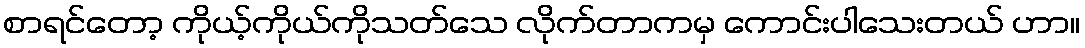
စာရင်တော့ ကိုယ့်ကိုယ်ကိုသတ်သေ လိုက်တာကမှ ကောင်းပါသေးတယ် ဟာ။